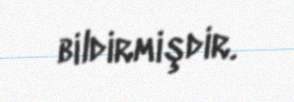
bildirmişdir.